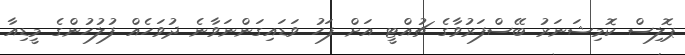
ޕޮލިސް ކޮމިޝަނަރު ބޭސްފަރުވާގެ ޗުއްޓީ އަށް ފަހު ވަޑައިގަންނަވާނެ ދުވަހެއް ފުލުހުންގެ މީޑިއާ